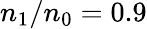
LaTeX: n_{\mathrm{1}}/n_{\mathrm{0}}=0.9